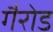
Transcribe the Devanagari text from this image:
गैरोड